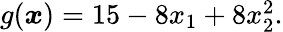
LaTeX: \begin{array}{r}{g(\boldsymbol{x})=15-8x_{1}+8x_{2}^{2}.}\end{array}